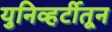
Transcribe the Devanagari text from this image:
युनिव्हर्टीतून